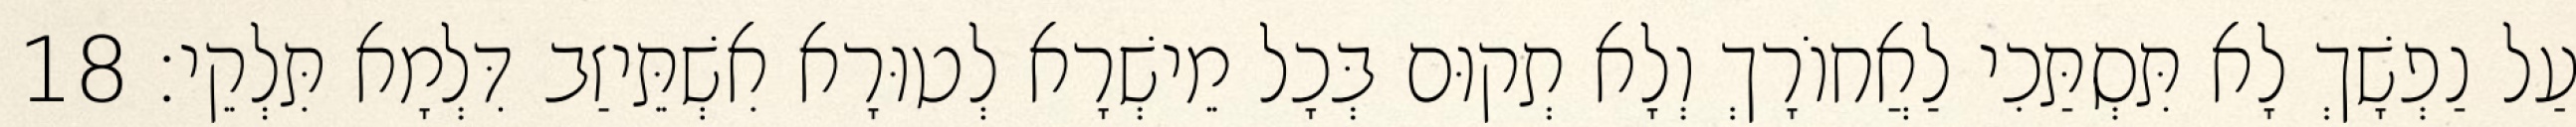
עַל נַפְשָׁךְ לָא תִּסְתַּכִי לַאֲחוֹרָךְ וְלָא תְקוּם בְּכָל מֵישְׁרָא לְטוּרָא אִשְׁתֵּיזַב דִּלְמָא תִּלְקֵי׃ 18